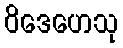
ဝိဒေဟေသု